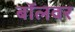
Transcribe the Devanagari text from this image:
बॉलवर